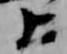
上